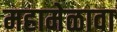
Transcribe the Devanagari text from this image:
महामेळावा